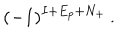
( - 1 ) ^ { I + E _ { p } + N _ { + } } \, .